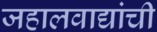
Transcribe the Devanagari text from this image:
जहालवाद्यांची